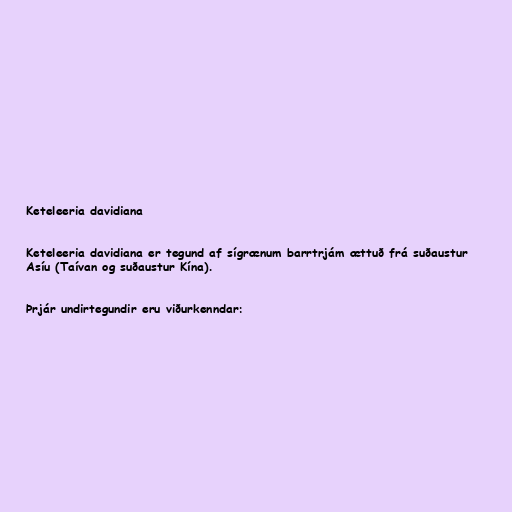
Keteleeria davidiana

Keteleeria davidiana er tegund af sígrænum barrtrjám ættuð frá suðaustur
Asíu (Taívan og suðaustur Kína).

Þrjár undirtegundir eru viðurkenndar: